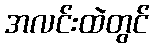
အလင်းထဲတွင်